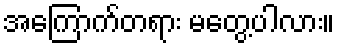
အကြောက်တရား မတွေ့ပါလား။